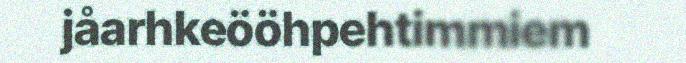
jåarhkeööhpehtimmiem